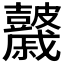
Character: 𥀻